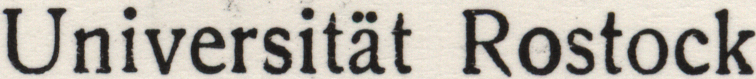
Universitat Rostock